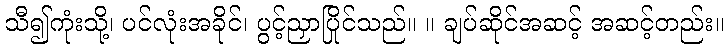
သီ၍ကုံးသို့၊ ပင်လုံးအခိုင်၊ ပွင့်ညှာပြိုင်သည်။ ။ ချပ်ဆိုင်အဆင့် အဆင့်တည်း။